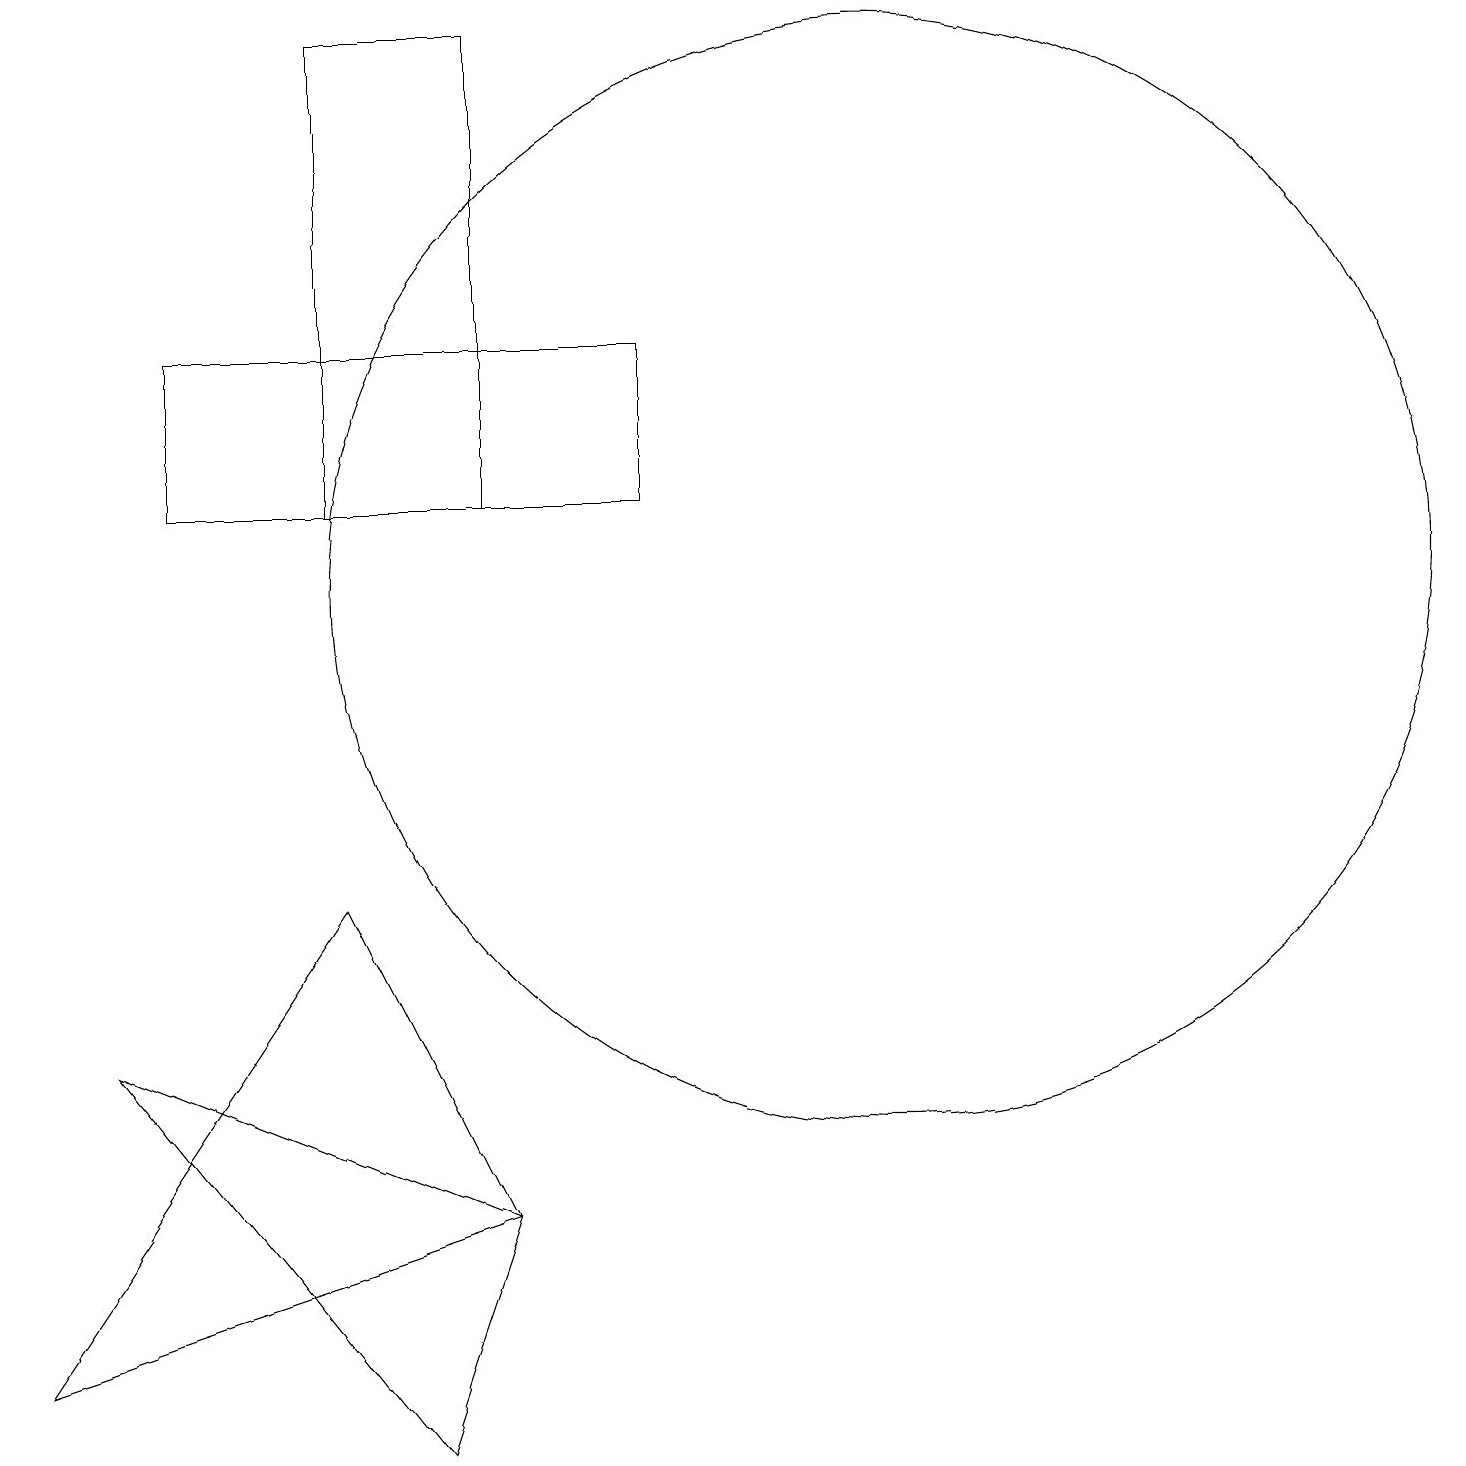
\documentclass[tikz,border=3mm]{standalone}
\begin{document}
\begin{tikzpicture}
\draw (11,11) circle (7);
\draw (1,5) -- (5,0) -- (6,3) -- cycle;
\draw (6,12) rectangle (4,18);
\draw (2,14) rectangle (8,12);
\draw (6,3) -- (4,7) -- (0,1) -- cycle;
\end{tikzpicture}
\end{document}